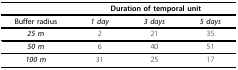
<table><thead><tr><td></td><td colspan="3"><b>Duration of temporal unit</b></td></tr></thead><tbody><tr><td><b>Buffer radius</b></td><td><b><i>1 day</i></b></td><td><b><i>3 days</i></b></td><td><b><i>5 days</i></b></td></tr><tr><td><b><i>25 m</i></b></td><td>2</td><td>21</td><td>35</td></tr><tr><td><b><i>50 m</i></b></td><td>6</td><td>40</td><td>51</td></tr><tr><td><b><i>100 m</i></b></td><td>31</td><td>25</td><td>17</td></tr></tbody></table>